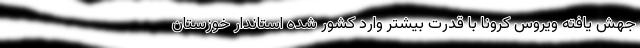
جهش یافته ویروس کرونا با قدرت بیشتر وارد کشور شده استاندار خوزستان